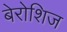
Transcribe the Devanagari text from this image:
बेरोशिज